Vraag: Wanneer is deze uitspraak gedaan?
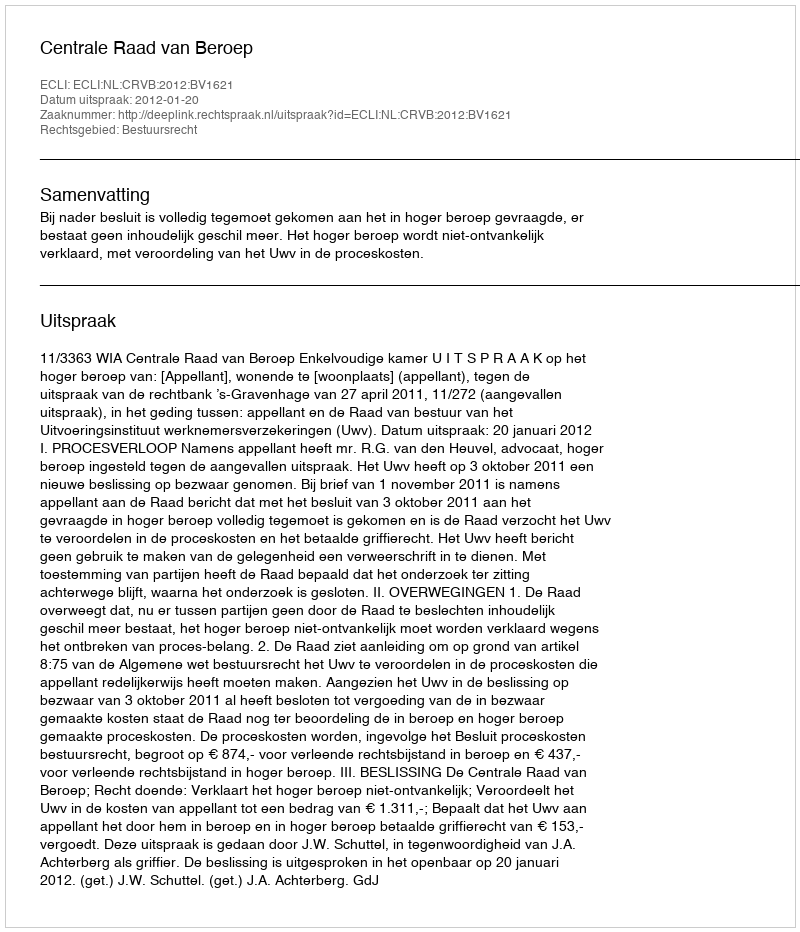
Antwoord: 2012-01-20